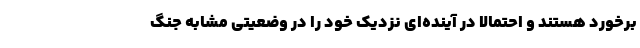
برخورد هستند و احتمالاً در آینده‌ای نزدیک خود را در وضعیتی مشابه جنگ